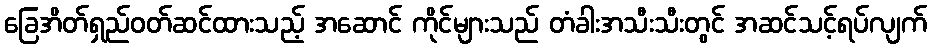
ခြေအိတ်ရှည်ဝတ်ဆင်ထားသည့် အဆောင် ကိုင်များသည် တံခါးအသီးသီးတွင် အဆင်သင့်ရပ်လျက်